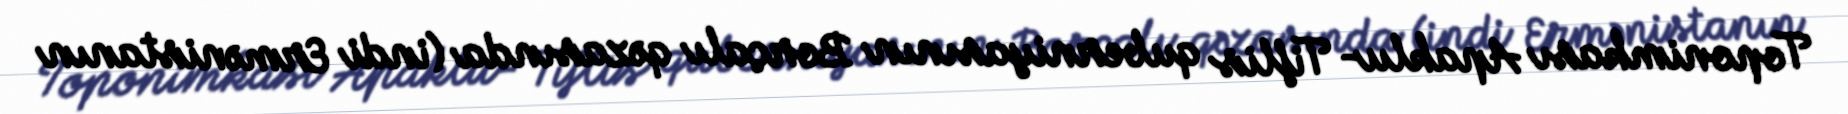
Toponimkası Apaklu- Tiflis quberniyasının Borçalı qəzasında (indi Ermənistanın